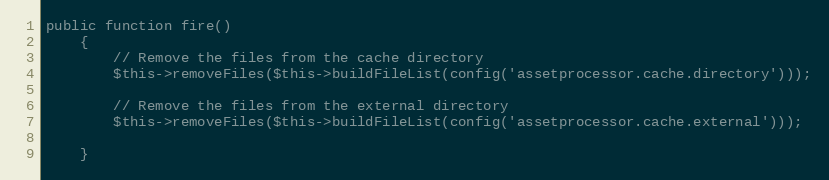
Language: PHP
public function fire()
    {
        // Remove the files from the cache directory
        $this->removeFiles($this->buildFileList(config('assetprocessor.cache.directory')));

        // Remove the files from the external directory
        $this->removeFiles($this->buildFileList(config('assetprocessor.cache.external')));

    }